Vaccination in Burma 1900-1911 - 1900-1911
Year: 1900
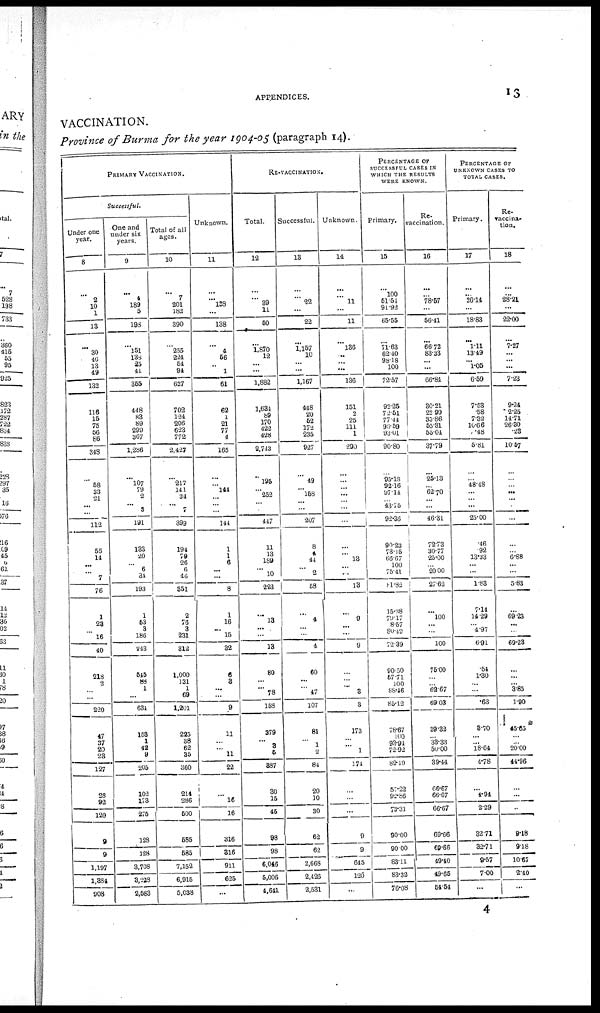
APPENDICES.
13
VACCINATION.
Province of Burma for the year 1904-05 (paragraph 14).
PRIMARY VACCINATION.
Successful.
Under one
year.
8
2
10
1
13
...
30
40
13
19
132
116
15
75
56
66
348
... 58 33
21
... ...
112
55
14
...
...
7
76
1
23
... 16
40
218
2
...
...
220
47
37
20
23
127
28
92
120
9
9
1,197
1,384
908
One and
under six
years.
9
4
189
5
198
...
151
138
25
41
355
448
83
89
299
367
1,286
... 107 79
2
...
3
191
133
20
...
6
34
193
1
53
3
186
243
545
88
1
...
634
153
1
42
9
205
102
173
275
128
128
3,708
3,228
2,583
Total of all
ages.
10
7
201
182
390
...
235
224
54
94
627
702
124
206
623
772
2,427
... 217 141
34
...
7
399
194
79
26
6
46
351
2
76
3
231
312
1,000
131
1
69
1,201
225
38
62
35
360
214
286
500
585
585
7,152
6,915
5,038
Unknown.
11
... 138
...
138
...
4
56
...
1
61
62
1
21
77
4
165
...
... 144
...
... ...
144
1
1
6
... ...
8
1
16
...
15
32
6
3
...
...
9
11
...
...
11
22
...
16
16
316
316
911
625
...
RE-VACCINATION.
Total.
12
...
39
11
50
...
1,870
12
...
...
1,882
1,634
89
170
422
428
2,743
... 195
... 252
... ...
447
11
13
189
... 10
223
...
13
...
...
13
80
... ... 78
153
379
... 3
5
387
30
15
45
98
98
6,046
5,006
4,641
Successful.
13
... 22
...
22
...
1,157
10
... ...
1,167
448
20
52
172
235
927
... 49
... 158
... ...
207
8
4
44
...
2
58
...
4
...
...
4
60
...
...
47
107
81
...
1
2
84
20
10
30
62
62
2,668
2,426
2,531
Unknown.
14
... 11
...
11
...
136
...
... ...
136
151
2
25
111
1
290
...
...
... ...
... ...
...
...
...
13
...
...
13
...
9
...
...
9
...
... ... 3
3
173
... ... 1
174
...
...
...
9
9
645
120
...
PERCENTAGE OF
SUCCESSFUL CASES IN
WHICH THE RESULTS
WERE KNOWN.
Primary.
15
100
51.51
91.92
65.55
...
71.63
62.40
98.18
100
72.57
92.25
72.51
77.44
98.59
93.01
90.80
...
95.18
92.16
97.14
... 43.75
92.36
90.23
73.15
66.67
100
75.41
81.82
15.38
79.17
8.57
80.49
72.39
90.50
57.71
100
88.46
85.12
78.67
100
93.91
72.92
82.19
57.22
92.86
73.31
90.00
90.00
83.11
83.32
76.08
Re-
vaccination.
16
... 78.57
...
56.41
...
66.72
83.33
...
...
66.84
30.21
22.99
33.86
55.31
55.04
37.79
...
25.13
... 62.70
... ...
46.31
72.73
30.77
25.00
... 20.00
27.62
...
100
...
...
100
75.00
...
... 62.67
69.03
39.32
... 33.33
50.00
39.44
66.67
66.67
66.67
69.66
69.66
49.40
49.65
54.54
PERCENTAGE OF
UNKNOWN CASES TO
TOTAL CASES.
Primary.
17
... 26.14
...
18.83
...
1.11
13.49
... 1.05
6.59
7.53
.58
7.32
10.66
.48
5.81
...
... 48.48
...
... ...
25.00
.46
.92
13.33
...
...
1.88
7.14
14.29
... 4.97
6.91
.54
1.30
...
...
.63
3.70
...
... 18.64
4.78
...
4.94
2.29
32.71
82.71
9.57
7.00
...
Re-
vaccina-
tion.
18
...
28.21
...
22.00
...
7.27
...
...
...
7.23
9.24
2.25
14.71
26.30
.23
10.57
...
...
... ...
... ...
...
...
... 6.88
...
...
5.83
...
69.23
...
...
69.23
...
...
... 3.85
1.90
45.65
...
... 20.00
44.96
...
...
...
9.18
9.18
10.67
2.40
...
4